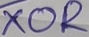
Text: XOR